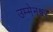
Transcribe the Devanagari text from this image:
उम्मेनश्वर